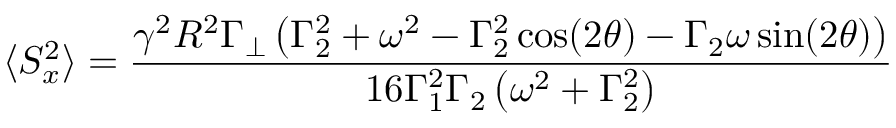
\langle S _ { x } ^ { 2 } \rangle = \frac { \gamma ^ { 2 } R ^ { 2 } \Gamma _ { \perp } \left( \Gamma _ { 2 } ^ { 2 } + \omega ^ { 2 } - \Gamma _ { 2 } ^ { 2 } \cos ( 2 \theta ) - \Gamma _ { 2 } \omega \sin ( 2 \theta ) \right) } { 1 6 \Gamma _ { 1 } ^ { 2 } \Gamma _ { 2 } \left( \omega ^ { 2 } + \Gamma _ { 2 } ^ { 2 } \right) }